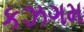
કઝગમ